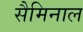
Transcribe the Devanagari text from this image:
सैमिनाल